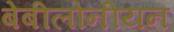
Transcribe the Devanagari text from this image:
बेबीलोनीयन